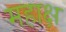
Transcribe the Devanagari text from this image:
महाक्ष